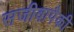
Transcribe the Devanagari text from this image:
सजीवापैकी